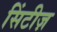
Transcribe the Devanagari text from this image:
सिंटीज़